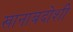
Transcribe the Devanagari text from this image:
खानाबदोशी